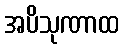
အပိသုဏာထ